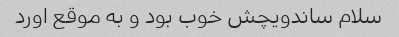
سلام ساندویچش خوب بود و به موقع اورد